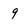
Character: 9